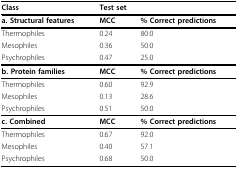
<table><thead><tr><td><b>Class</b></td><td colspan="2"><b>Test set</b></td></tr></thead><tbody><tr><td><b>a. Structural features</b></td><td><b>MCC</b></td><td><b>% Correct predictions</b></td></tr><tr><td>Thermophiles</td><td>0.24</td><td>80.0</td></tr><tr><td>Mesophiles</td><td>0.36</td><td>50.0</td></tr><tr><td>Psychrophiles</td><td>0.47</td><td>25.0</td></tr><tr><td><b>b. Protein families</b></td><td><b>MCC</b></td><td><b>% Correct predictions</b></td></tr><tr><td>Thermophiles</td><td>0.60</td><td>92.9</td></tr><tr><td>Mesophiles</td><td>0.13</td><td>28.6</td></tr><tr><td>Psychrophiles</td><td>0.51</td><td>50.0</td></tr><tr><td><b>c. Combined</b></td><td><b>MCC</b></td><td><b>% Correct predictions</b></td></tr><tr><td>Thermophiles</td><td>0.67</td><td>92.0</td></tr><tr><td>Mesophiles</td><td>0.40</td><td>57.1</td></tr><tr><td>Psychrophiles</td><td>0.68</td><td>50.0</td></tr></tbody></table>